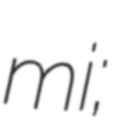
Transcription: mi;